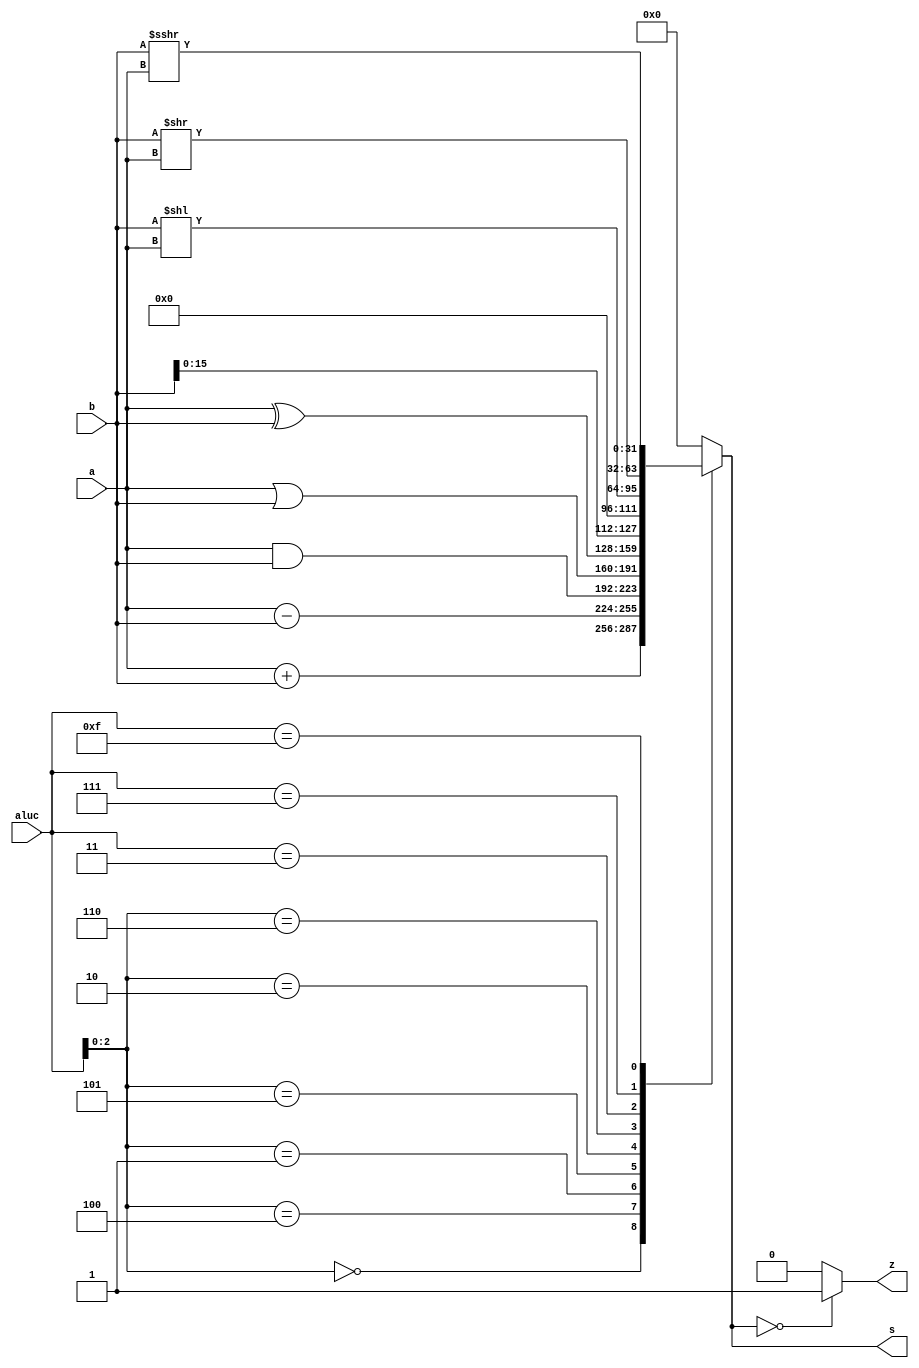
module alu (a,b,aluc,s,z);
   input [31:0] a,b;
   input [3:0] aluc;
   output [31:0] s;
   output        z;
   reg [31:0] s;  // aluoutput
   reg        z;  // zero flag s0flag1,0
   always @ (a or b or aluc) 
      begin                                   // event
         casex (aluc)
             4'bx000: s = a + b;              //x000 ADD
             4'bx100: s = a - b;              //x100 SUB
             4'bx001: s = a & b;              //x001 AND
             4'bx101: s = a | b;              //x101 OR
             4'bx010: s = a ^ b;              //x010 XOR
             4'bx110: s = b << 16;            //x110 LUI: imm << 16bit             
             4'b0011: s = b << a;            //0011 SLL: rd <- (rt << sa)
             4'b0111: s = b >> a;            //0111 SRL: rd <- (rt >> sa) (logical)
             4'b1111: s = $signed(b) >>> a;   //1111 SRA: rd <- (rt >> sa) (arithmetic)
             default: s = 0;
         endcase
         if (s == 0 )  z = 1;
            else z = 0;         
      end      
endmodule